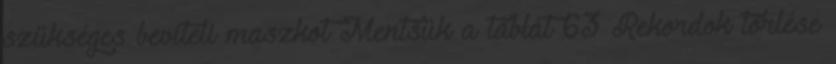
szükséges beviteli maszkot Mentsük a táblát 63 Rekordok törlése